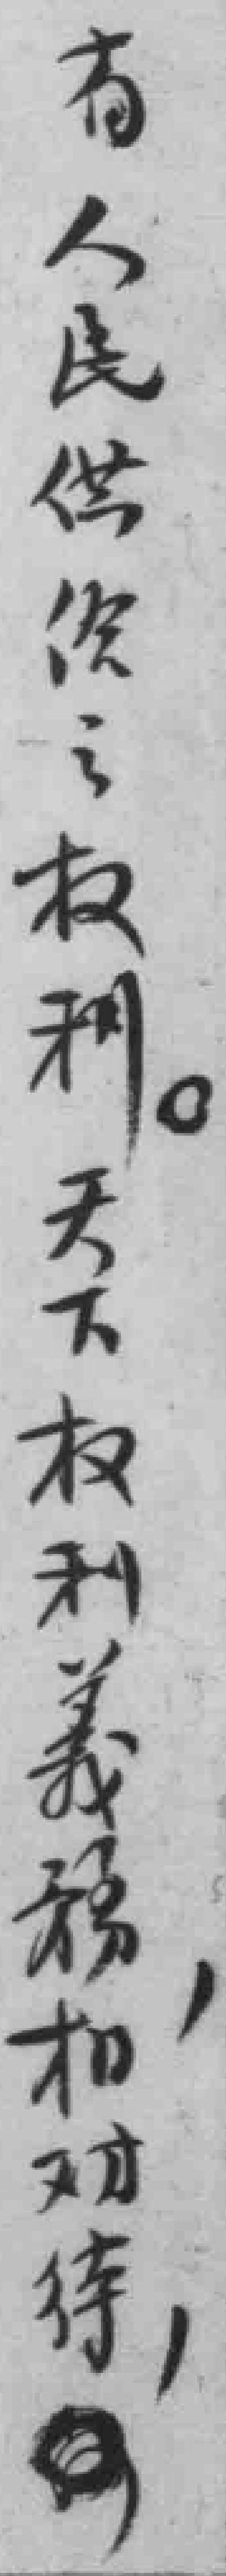
有人民供给之权利。天下权利義務，相对待，*